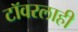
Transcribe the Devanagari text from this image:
टॉवरलाही